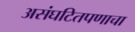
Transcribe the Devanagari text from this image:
असंघटितपणाचा